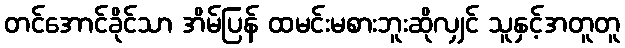
တင်အောင်ခိုင်သာ အိမ်ပြန် ထမင်းမစားဘူးဆိုလျှင် သူနှင့်အတူတူ